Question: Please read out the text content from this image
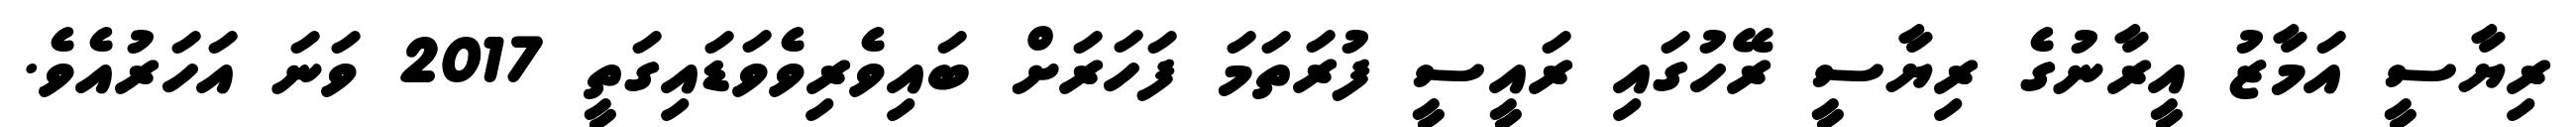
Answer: ރިޔާސީ އަމާޒު އީރާނުގެ ރިޔާސީ ރޭހުގައި ރައީސީ ފުރަތަމަ ފަހަރަށް ބައިވެރިވެވަޑައިގަތީ 2017 ވަނަ އަހަރުއެވެ.